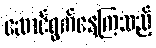
ဆောင်ရွက်နေကြသည့်